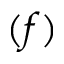
( f )